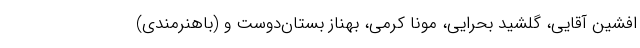
افشین آقایی، گلشید بحرایی، مونا کرمی، بهناز بستان‌دوست و (باهنرمندی)